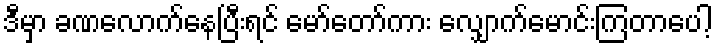
ဒီမှာ ခဏလောက်နေပြီးရင် မော်တော်ကား လျှောက်မောင်းကြတာပေါ့